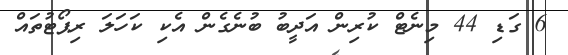
6 ގަޑި 44 މިނެޓް ކުރިން އަދީބު ބުނެގެން އެކި ކަހަލަ ރިޕޯޓުތައް